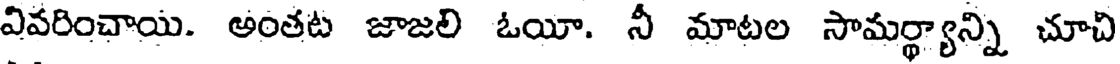
వివరించాయి. అంతట జాజలి ఓయీ. నీ మాటల సామర్థ్యాన్ని చూచి